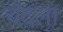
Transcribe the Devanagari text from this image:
चंदला